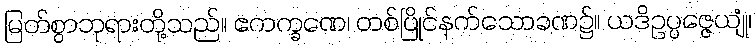
မြတ်စွာဘုရားတို့သည်။ ဧကက္ခဏေ၊ တစ်ပြိုင်နက်သောခဏ၌။ ယဒိဥပ္ပဇ္ဇေယျုံ၊